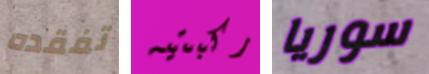
تفقده ركبتيه سوريا